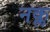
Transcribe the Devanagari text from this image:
नक्ल